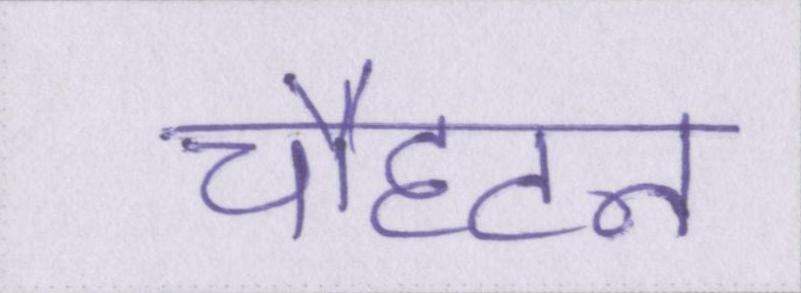
चौहटन